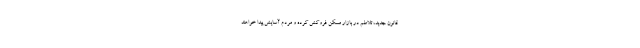
قانون جدید، تلاطم در بازار مسکن فروکش کرده و مردم آسایش پیدا خواهند